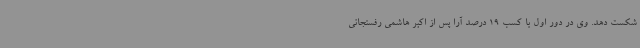
شکست دهد. وی در دور اول با کسب 19 درصد آرا پس از اکبر هاشمی‌ رفسنجانی